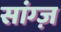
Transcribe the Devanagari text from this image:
सांग्ज़